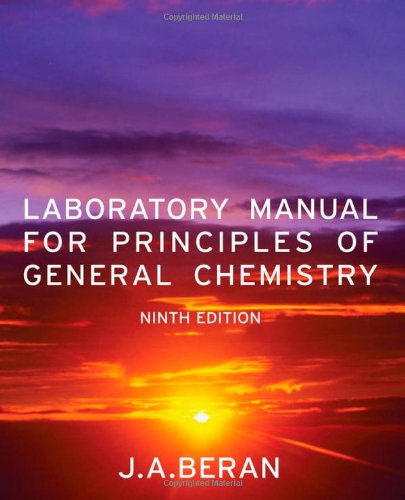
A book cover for Laboratory Manual for Principles of General  Chemistry; Jo Allan Beran; Science & Math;